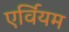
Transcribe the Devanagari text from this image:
एर्वियम